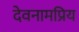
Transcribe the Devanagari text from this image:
देवनामप्रिय